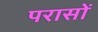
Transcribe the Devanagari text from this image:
परासों